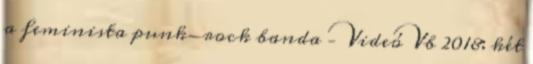
a feminista punk-rock banda – Videó Vb 2018: két